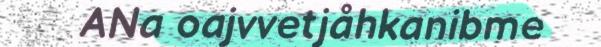
ANa oajvvetjåhkanibme